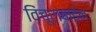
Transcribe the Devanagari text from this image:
विंचूरावाईन